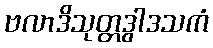
ဗလာဒိသုတ္တဒွါဒသကံ